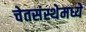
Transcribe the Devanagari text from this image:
चेतसंस्थेमध्ये